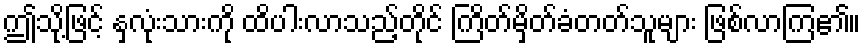
ဤသို့ဖြင့် နှလုံးသားကို ထိပါးလာသည့်တိုင် ကြိတ်မှိတ်ခံတတ်သူများ ဖြစ်လာကြ၏။